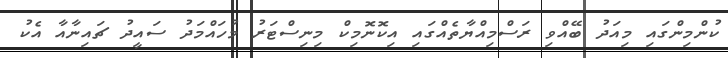
ކުންމިންގައި މިއަދު ބޭއްވި ރަސްމިއްޔާތެއްގައި އިކޮނޮމިކް މިނިސްޓަރު މުހައްމަދު ސައީދު ޗައިނާއާ އެކު